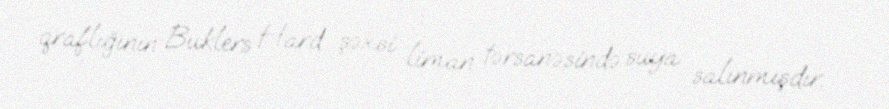
qraflığının Buklers Hard şəxsi liman tərsanəsində suya salınmışdır.